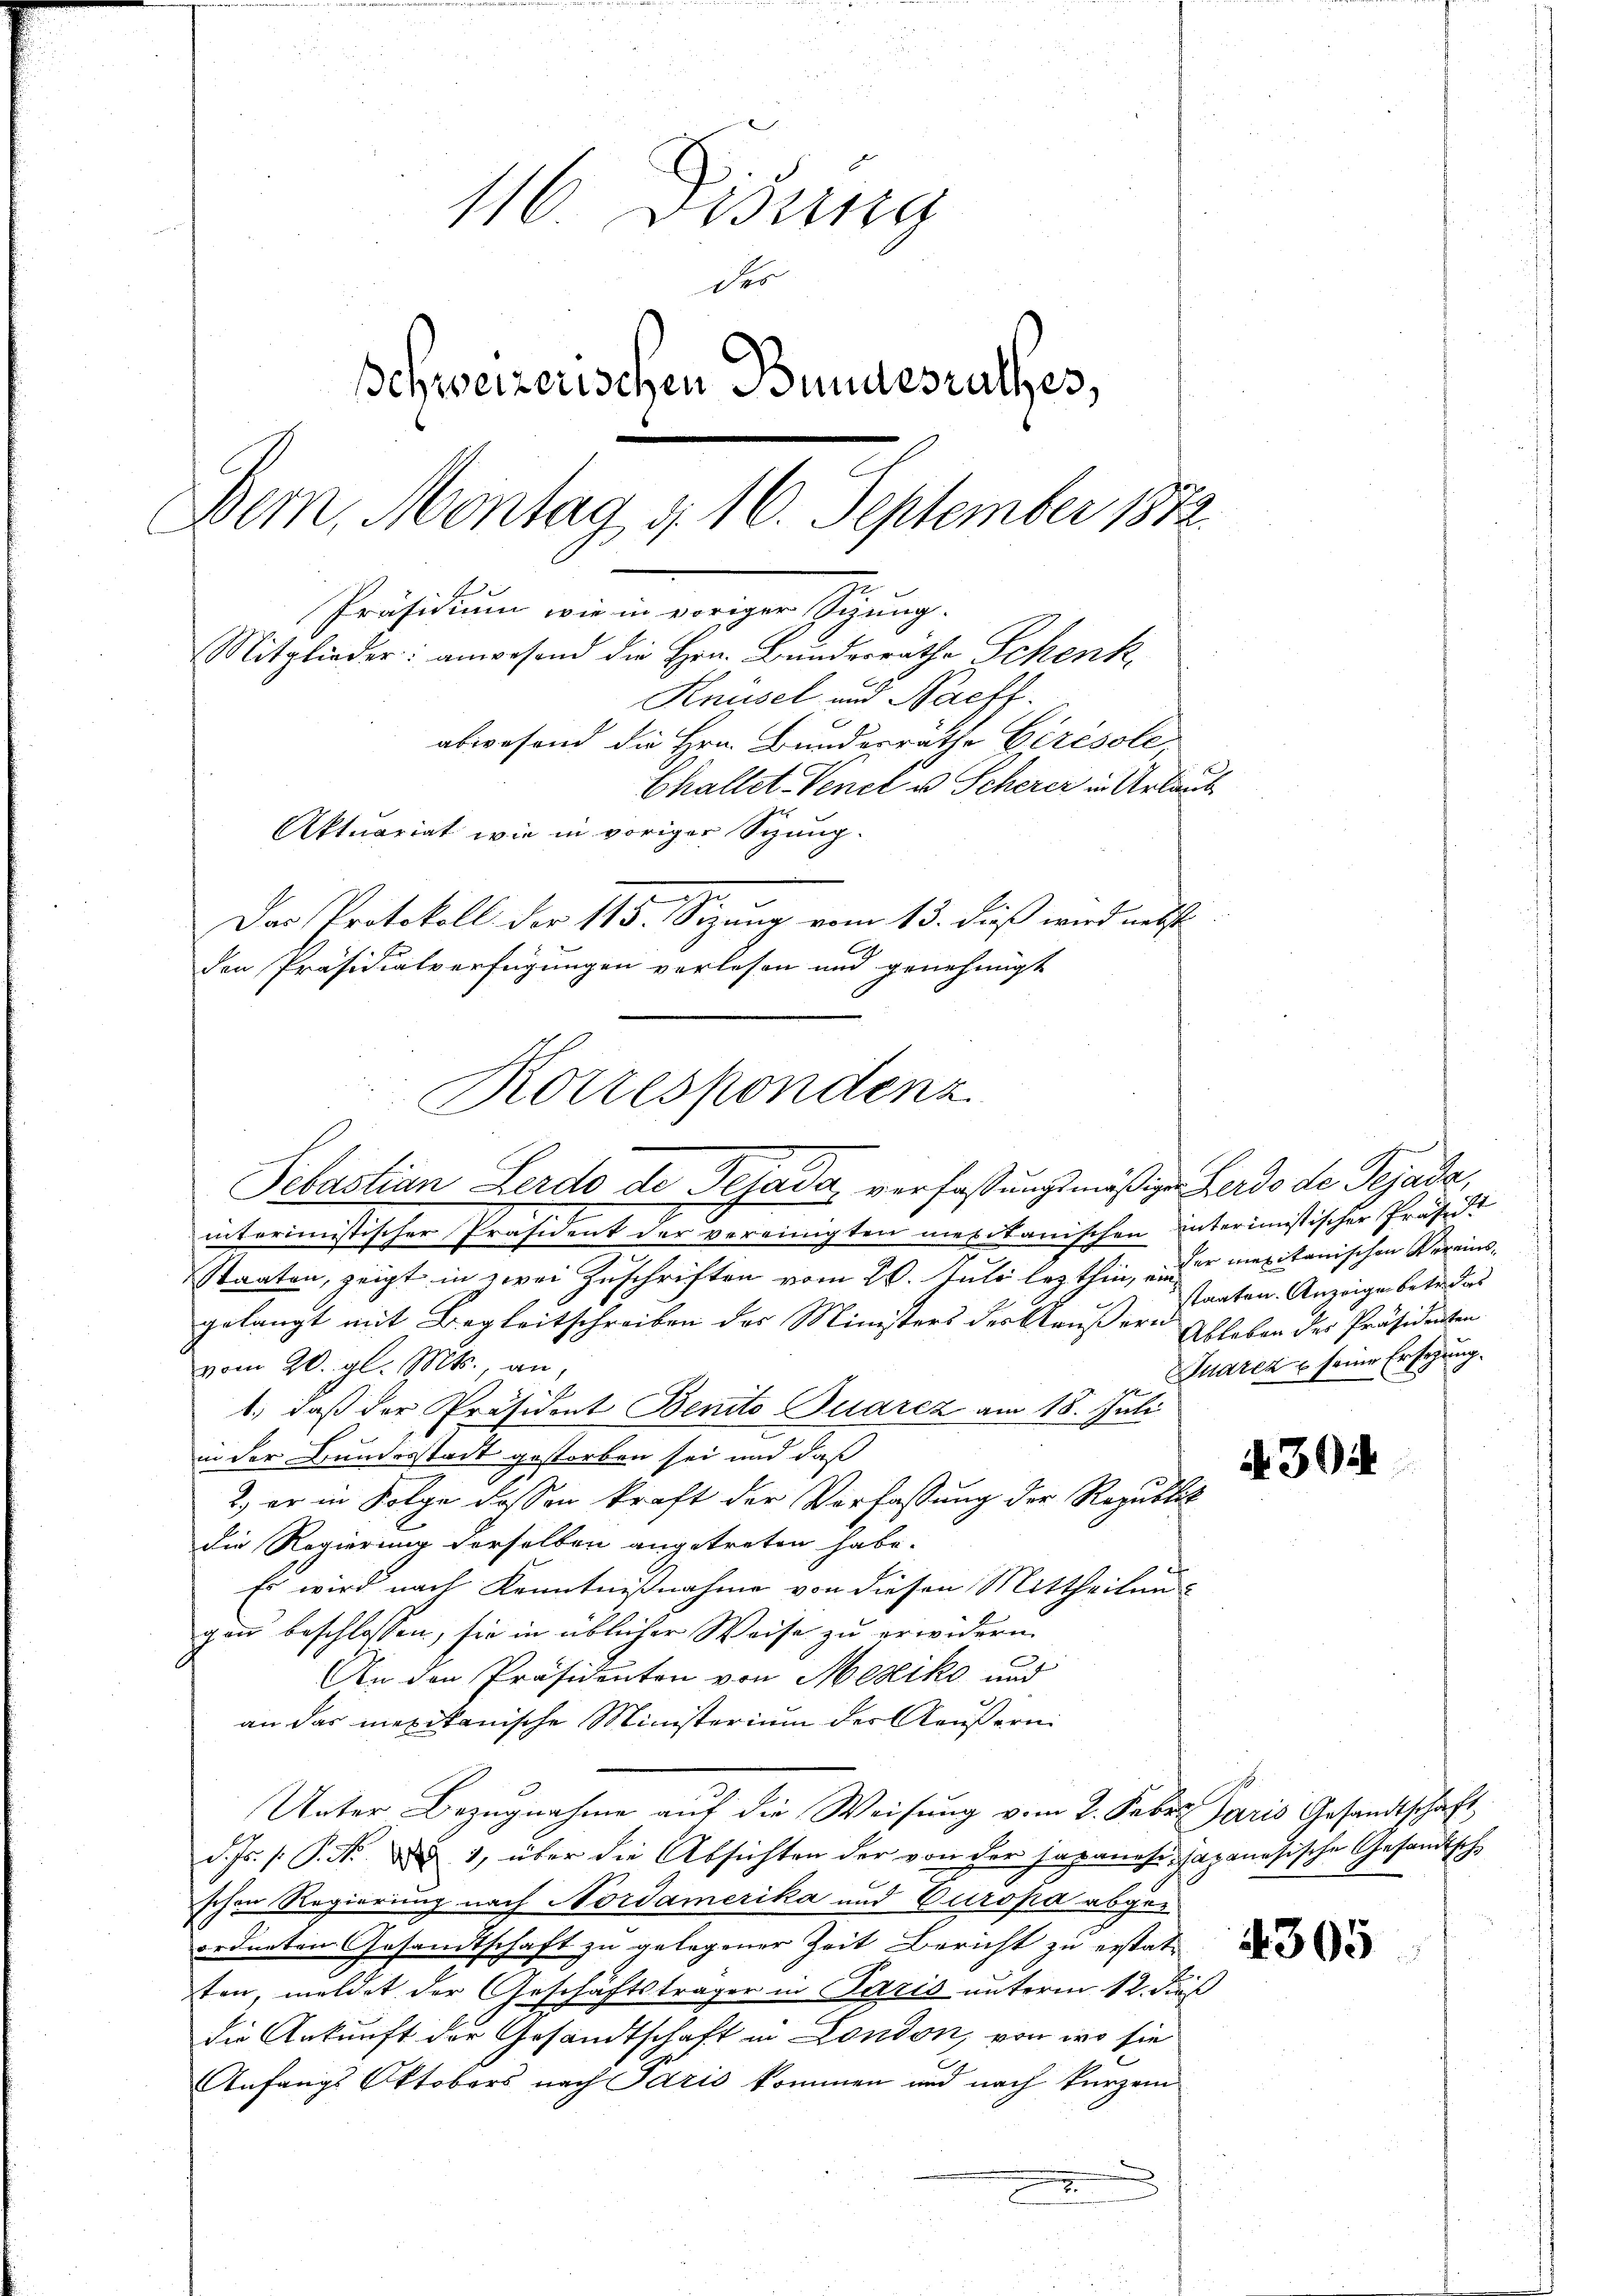
16 Disung
des
Schweizerischen Bundesrathes,
Bem, Montag d. 16. September 1882.
Präsidium wie in voriger Sitzung.
Mitglieder: anwesend die Hrn. Bundesräthe Schenk,
Knüsel und Nachf
abwesend die Hrn. Bunderräthe Cirésole,
Challet-Venet u. Scherer in Urlaub
Aktuariat wie in voriger Sitzung.
Das Protokoll der 115. Sitzung vom 13. dieß wird nebst
den Präsidialverfügungen verlesen und genehmigt

Korrespondenz

Sebastian Lerdo de Gesada, verfaßungsmäßige Zerdo de Pejada,
interimistischer Präsident der vereinigten mexikanischen interimistischer Präst
Staaten, zeigt in zwei Zuschriften vom 20. Juli lezthin, er maxitanischen Vereinsgelangt mit Begleitschreiben des Ministers der Käußern Ableben des Präsidenten
vom 20. gl. Mts., an,
1., daß der Präsident Benito Quarez am 18. Juli
in der Bundesstadt gestorben sei und daß
2) er in Folge dessen kraft der Verfassung der Republick
die Regierung derselben angetreten habe.
Es wird nach Kenntnißnahme von diesen Mittheilungen beschlossen, sie in üblicher Weise zu erwidern.
An den Präsidenten von Mesiko und
an das mexikanische Ministerium des Aeußern.
Unter Bezugnahme auf die Weisung vom 2. Febr. Paris Gesandtschaft,
d. Js. /: P. Nr. ad 1, über die Absichten der von der Japanese Japanesische Gesandtschschon Regierung nach Nordamerika und Europa abgeordneten Gesandtschaft zu gelegener Zeit Bericht zu erstatten, meldet der Geschäftsträger in Paris unterm 12. dieß
die Ankunft der Gesandtschaft in London, von wo sie
.
Anfangs Oktobers nach Paris kommen und nach kurzem
.

staaten. Anzeigen betr. das
uarez seine Ersezung.

A 30

4305